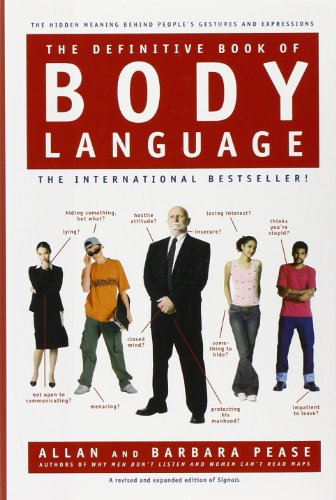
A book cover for The Definitive Book of Body Language; Barbara Pease; Self-Help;